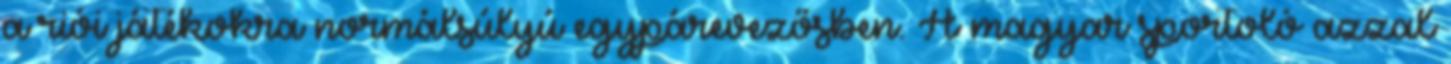
a riói játékokra normálsúlyú egypárevezősben. A magyar sportoló azzal